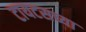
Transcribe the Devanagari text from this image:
टायटसच्या